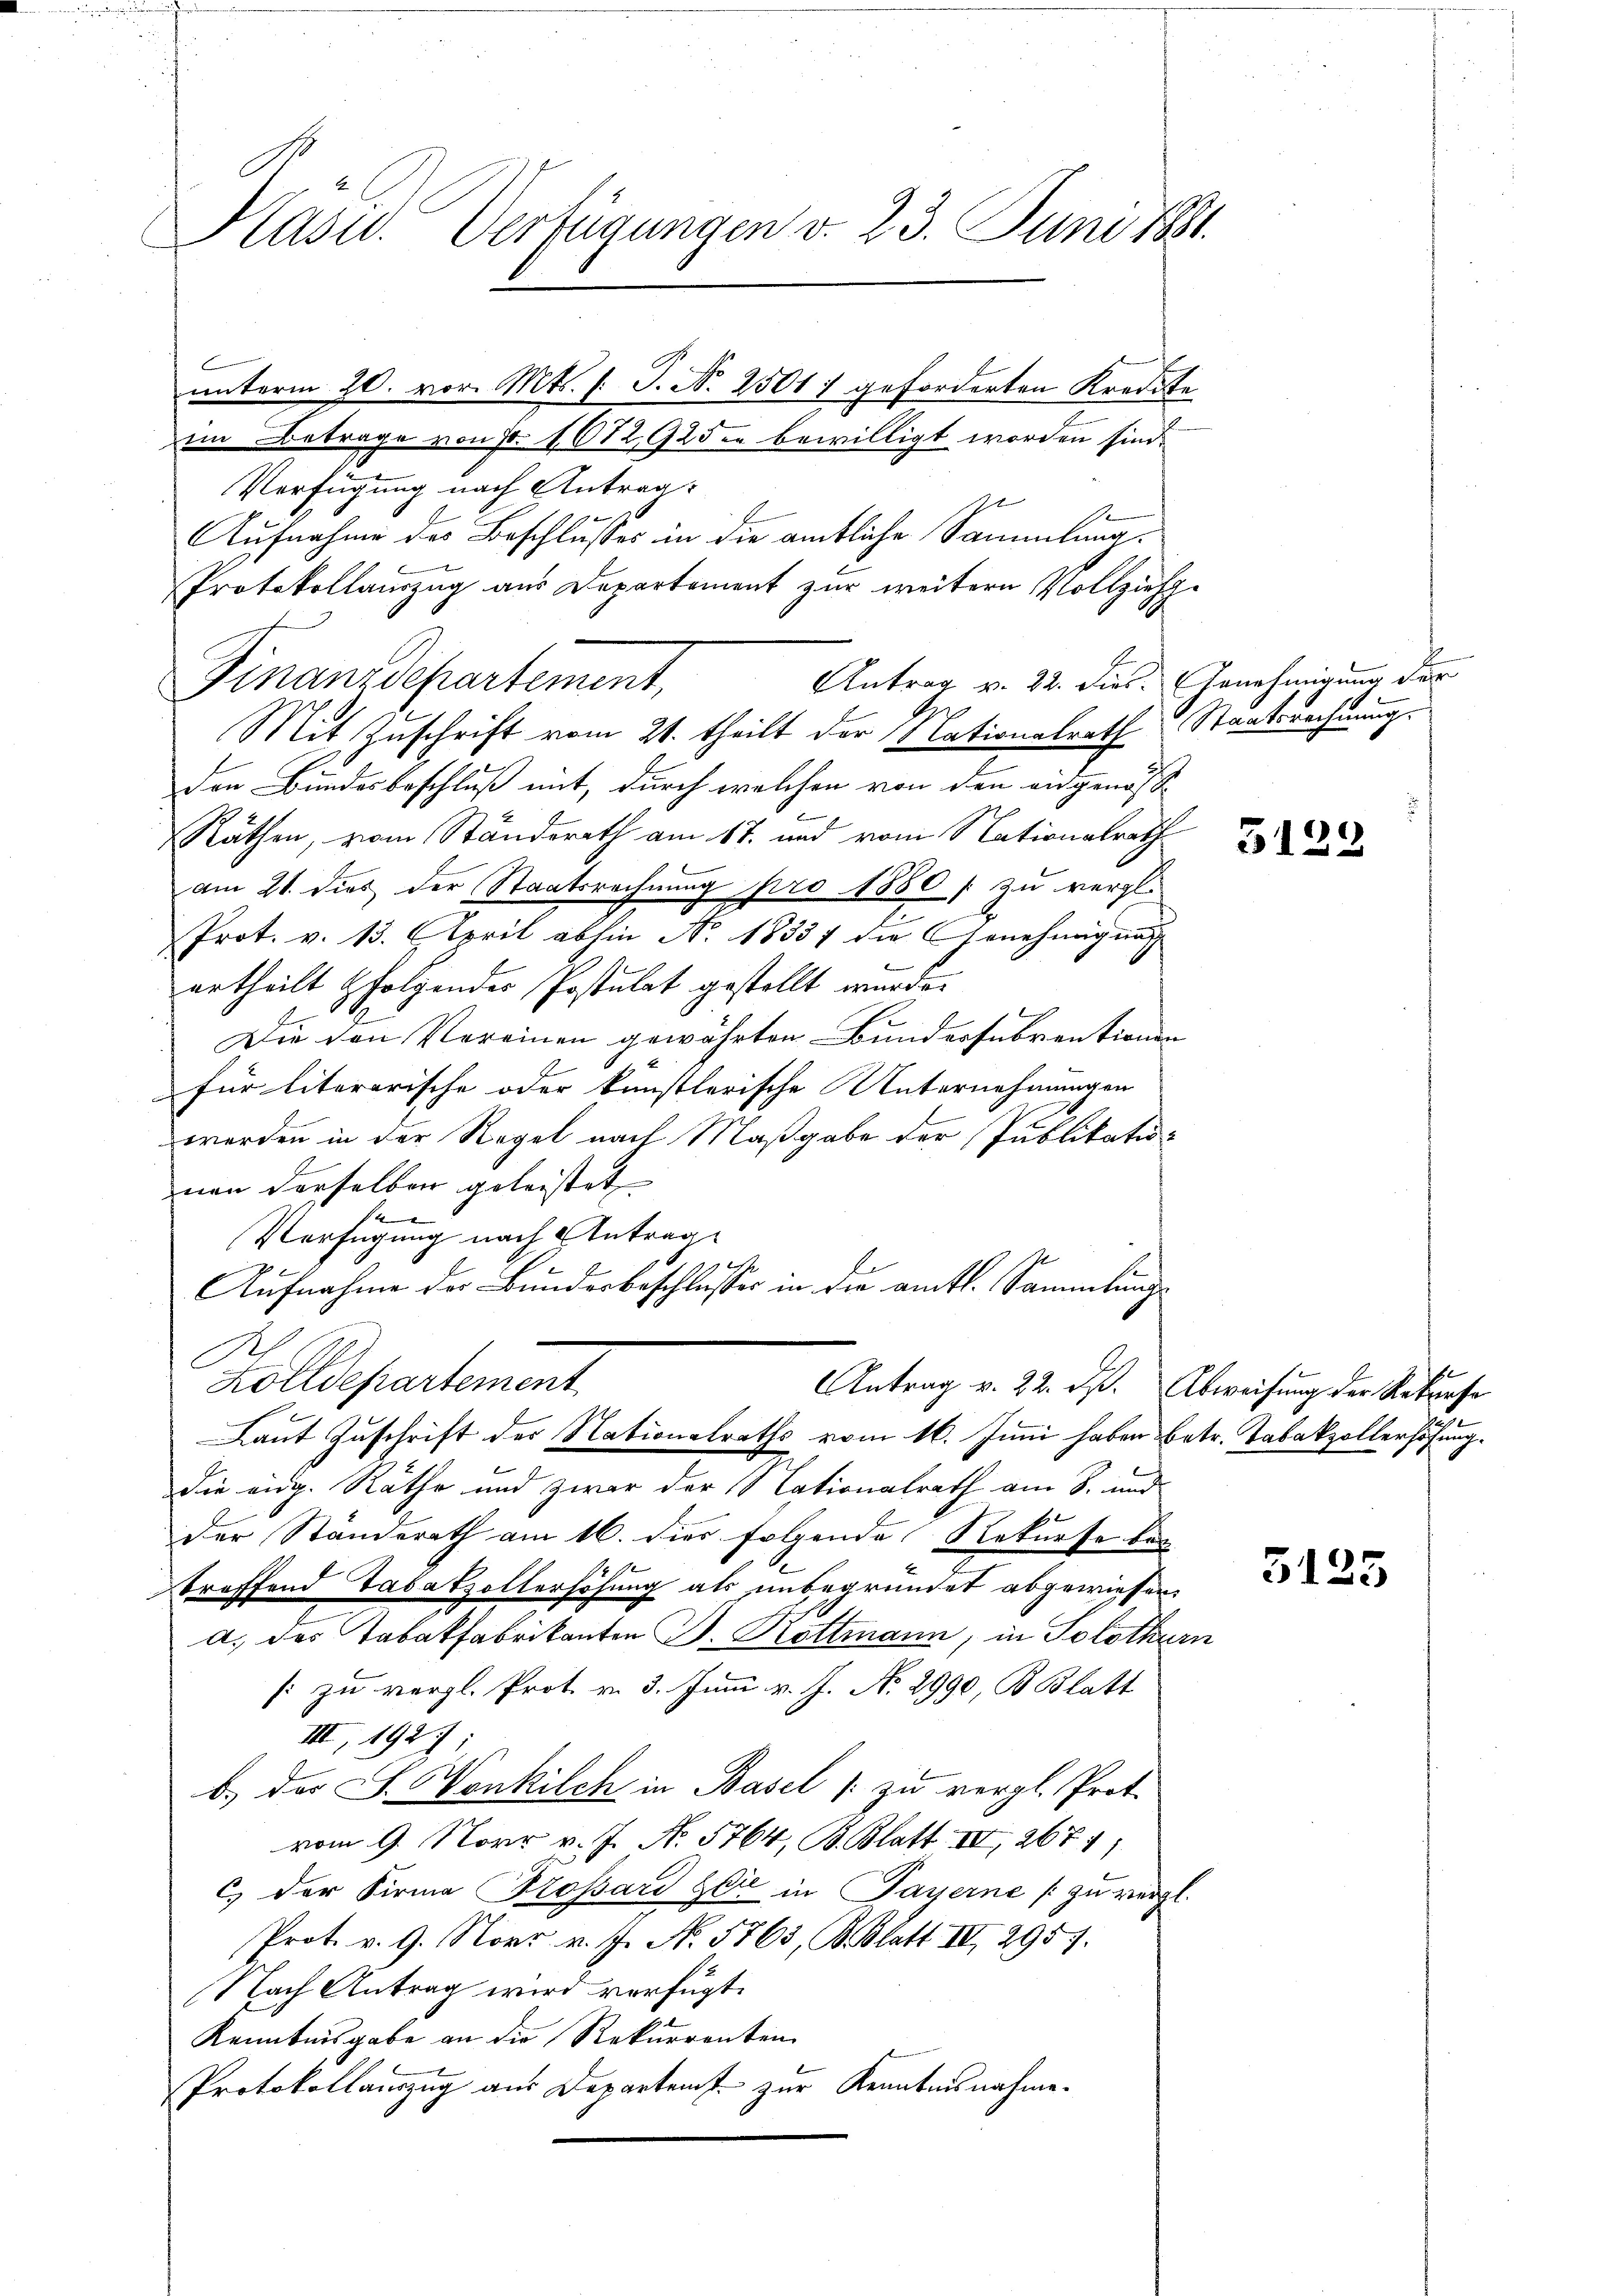
Kasu. Verfügungen v. 23. Juni 1881.

unterm 20. vor. Mts. f. J. No 25017 geforderten Kredite

im Betrage von Fr. 1672,92 den bewilligt worden sind.
Verfügung nach Antrag:
d
Aufnahme des Beschlusses in die amtliche Sammlung.
Protokollauszug aus Departement zur weitern Vollziehe
Antrag v. 22. dies. Genehmigung der
Finanzdepartement,
Mit Zuschrift vom 21. theilt der Nationalrath Staatsrechnung.
den Bundesbeschluß mit, durch welchen von den eidgenöss
Räthen, vom Ständerath am 17. und vom Nationalrath
am 21. dies der Staatsrechnŭng pro 1880 / zu vergl.
Prot. v. 13. April abhin No. 18337 die Genehmigung
urtheilt folgendes Postulat gestellt werde.
Die den Vereinen gewährten Bundessubventionen
für literarische oder künstlerische Unternehmungen
werden in der Regel nach Maßgabe der Publikationon derselben geleistet
V
Verfügung nach Antrag
h
Aufnahme der Bundesbeschlusses in die amtl. Sammlung
Zolldepartement
Antrag v. 22. ds. Abweisung der Rekurse
Laut Zuschrift des Nationalraths vom 16. Juni haben betr. Tabakzollerhöhung.
die aug. Räthe und zwar der Nationalrath am 8. und
der Standerath am 16. dies folgende Rekurse bei
treffend Tabakzollerhöhung als unbegründet abgewiesen.
a. des Tabakfabrikanten D. Rottmann, in Solothurn
: zu vergl. Prot. v. 3. Juni v. J. N. 2990, B. Blatt
III, 192);
b.) Der J. Wenkilch in Basel zu vergl. Prot.
vom 9. Norr v. J. N. 5764, B. Blatt III, 2671)
c.) der Firma rossard Zeit in Payerne / zu vergl.
Prot. v. 9. Nov. v. J. No. 5765, Blatt II 2957.
Nach Antrag wird verfügt:
Kenntnisgabe an die Rekurrenten
Protokollauszug aus Departent zur Kenntnisnahme.

1

3129

3125